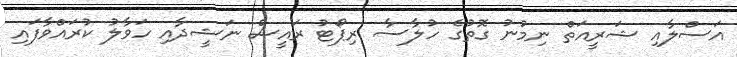
އަސްލާއި ޝަރީއަތް ނިމުނު ގޮތުގެ ހުލާސާ ރިޕޯޓު ރައީސް ނަޝީދާއި ހަވާލު ކުރައްވާފައި